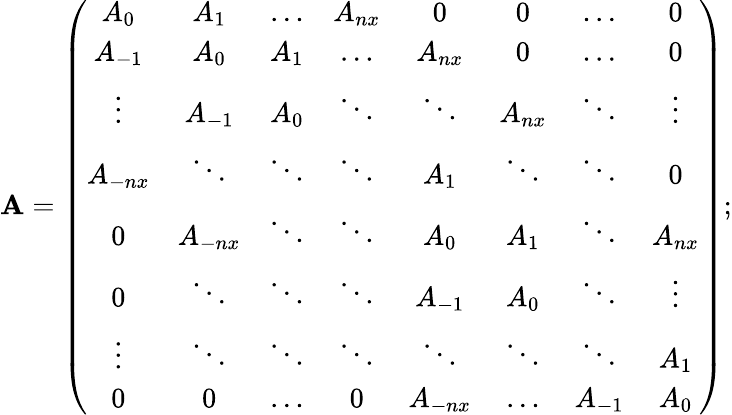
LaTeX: \mathbf{A}=\left(\begin{array}{cccccccc}{A_{0}}&{A_{1}}&{\ldots}&{A_{nx}}&{0}&{0}&{\ldots}&{0}\\ {A_{-1}}&{A_{0}}&{A_{1}}&{\ldots}&{A_{nx}}&{0}&{\ldots}&{0}\\ {\vdots}&{A_{-1}}&{A_{0}}&{\ddots}&{\ddots}&{A_{nx}}&{\ddots}&{\vdots}\\ {A_{-nx}}&{\ddots}&{\ddots}&{\ddots}&{A_{1}}&{\ddots}&{\ddots}&{0}\\ {0}&{A_{-nx}}&{\ddots}&{\ddots}&{A_{0}}&{A_{1}}&{\ddots}&{A_{nx}}\\ {0}&{\ddots}&{\ddots}&{\ddots}&{A_{-1}}&{A_{0}}&{\ddots}&{\vdots}\\ {\vdots}&{\ddots}&{\ddots}&{\ddots}&{\ddots}&{\ddots}&{\ddots}&{A_{1}}\\ {0}&{0}&{\ldots}&{0}&{A_{-nx}}&{\ldots}&{A_{-1}}&{A_{0}}\end{array}\right);